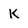
Character: k